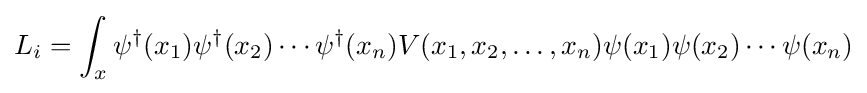
L_{i}=\int _{x}\psi ^{\dagger }(x_{1})\psi ^{\dagger }(x_{2})\cdots \psi ^{\dagger }(x_{n})V(x_{1},x_{2},\dots ,x_{n})\psi (x_{1})\psi (x_{2})\cdots \psi (x_{n})